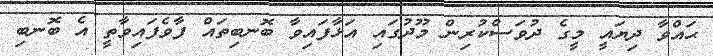
ޙައްވާ ދިޔައީ މީގެ ދުވަސްކުރިން މޫދުގައި އަޅާފައިވާ ބޮނބިތައް ފާވެފައިވާތީ އެ ބޮނބި